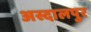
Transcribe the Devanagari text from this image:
अस्दालपुर